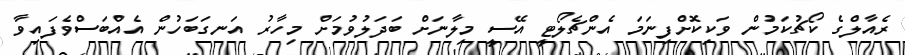
ރެއާލްގެ ކޯޗުކަމުން ވަކިކޮށްފިނަމަ އެންޗެލޯޓީ އޭސީ މިލާނަށް ބަދަލުވުމަށް މިހާރު އަނގަބަހުން އެއްބަސްވެފައިވާ